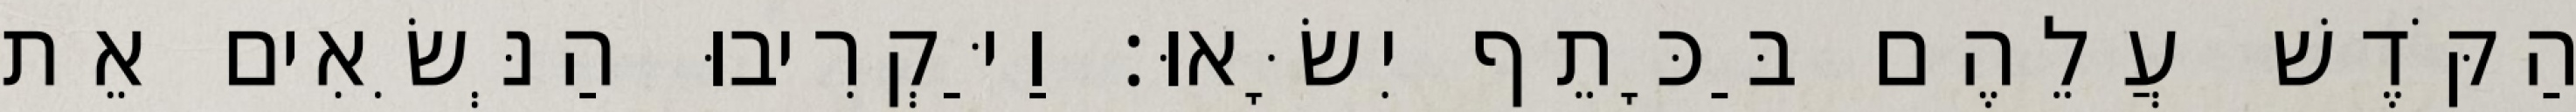
הַקֹּדֶשׁ עֲלֵהֶם בַּכָּתֵף יִשָּׂאוּ׃ וַיַּקְרִיבוּ הַנְּשִׂאִים אֵת